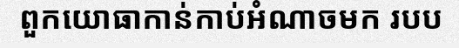
ពួកយោធាកាន់កាប់អំណាចមក របប